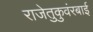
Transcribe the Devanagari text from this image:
राजेतुकुवंरबाई